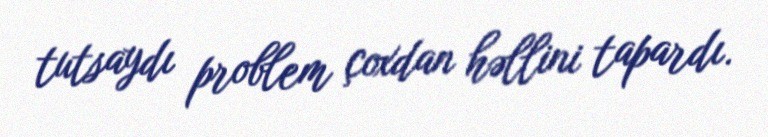
tutsaydı problem çoxdan həllini tapardı.